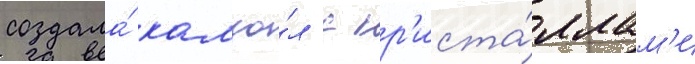
создала́ камзо́л с кр'иста́ллам'и